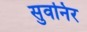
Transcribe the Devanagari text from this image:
सुवनिर